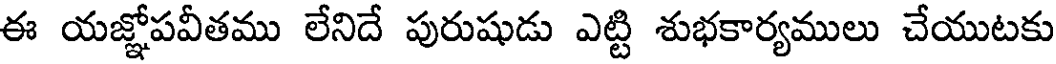
ఈ యజ్ఞోపవీతము లేనిదే పురుషుడు ఎట్టి శుభకార్యములు చేయుటకు